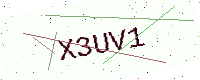
Text: X3UV1